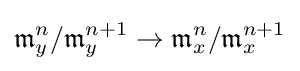
{\mathfrak {m}}_{y}^{n}/{\mathfrak {m}}_{y}^{n+1}\to {\mathfrak {m}}_{x}^{n}/{\mathfrak {m}}_{x}^{n+1}